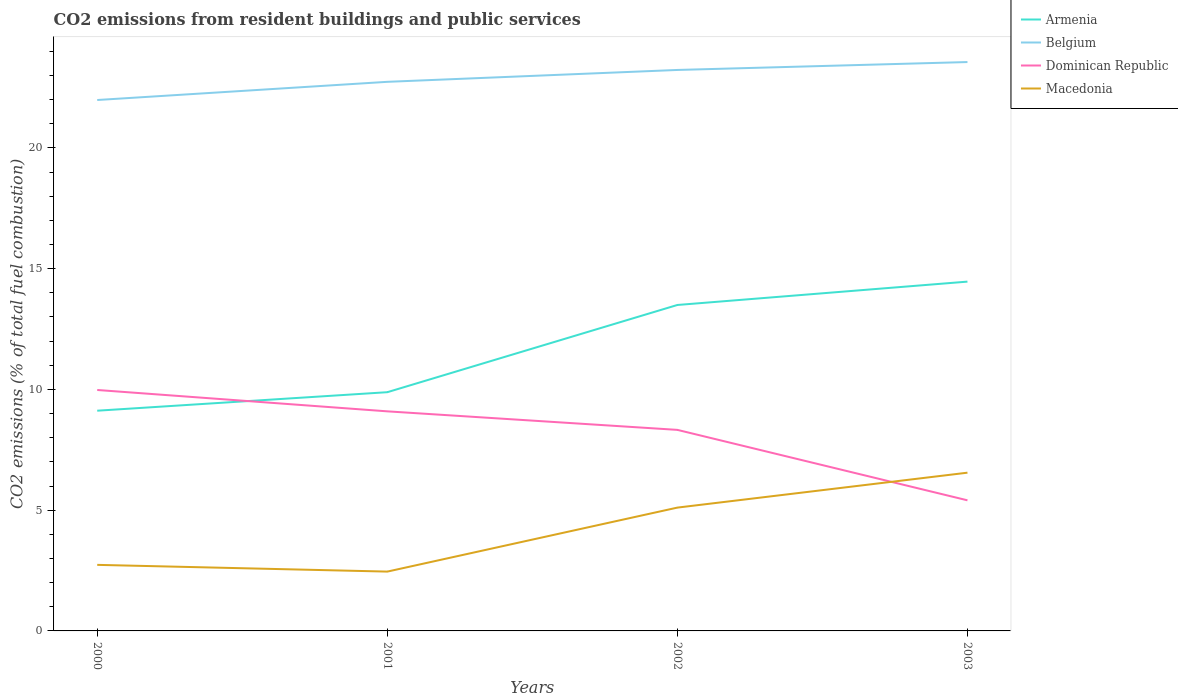
| Years | Armenia | Belgium | Dominican Republic | Macedonia |
 | --- | --- | --- | --- | --- |
 | 2000 | 9.12 | 22 | 9.98 | 2.73 |
 | 2001 | 9.88 | 22.7 | 9.09 | 2.46 |
 | 2002 | 13.5 | 23.2 | 8.32 | 5.11 |
 | 2003 | 14.5 | 23.6 | 5.41 | 6.55 |